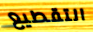
التقطيع